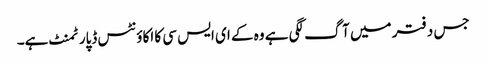
جس دفتر میں آگ لگی ہے وہ کے ای ایس سی کا اکاوٴنٹس ڈپارٹمنٹ ہے۔